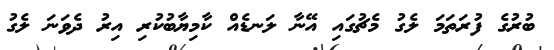
ބުރުގެ ފުރަތަމަ ލެގު މެޗުގައި އޭނާ ލަނޑެއް ކާމިޔާބުކުރި އިރު ދެވަނަ ލެގު